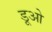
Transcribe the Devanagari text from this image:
डूओ